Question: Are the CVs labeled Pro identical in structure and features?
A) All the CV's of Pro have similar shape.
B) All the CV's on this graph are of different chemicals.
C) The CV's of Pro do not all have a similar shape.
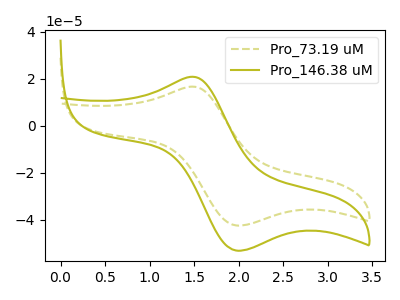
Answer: <think>The olive dashed curve "Pro_73.19 uM" has an anodic peak at (1.50V, 16.60uA) and a cathodic peak at (2.00V, -42.35uA). The olive curve "Pro_146.38 uM" has an anodic peak at (1.50V, 20.80uA) and a cathodic peak at (2.00V, -53.00uA).
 All the peaks in "Pro_73.19 uM" have a peak in "Pro_146.38 uM" at the same potential. Every peak in "Pro_73.19 uM" is lower than every peak in "Pro_146.38 uM".</think>
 <answer>A) All the CV's of "Pro" have similar shape.</answer>
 <eval>A</eval>